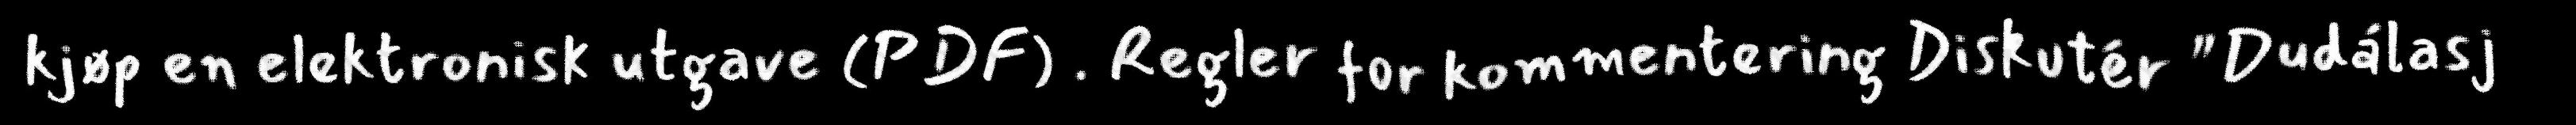
kjøp en elektronisk utgave (PDF) . Regler for kommentering Diskutér "Dudálasj